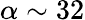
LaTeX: \alpha\sim 32